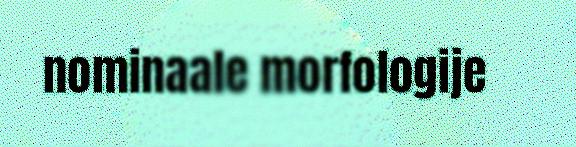
nominaale morfologije